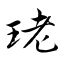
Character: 珯